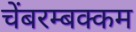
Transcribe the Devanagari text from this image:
चेंबरम्बक्कम